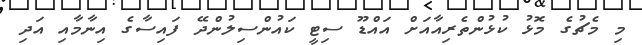
މި މެޗުގެ މޮޅު ކުޅުންތެރިއާއަށް އައްޑޫ ސިޓީ ކައުންސިލުންދޭ ފައިސާގެ އިނާމާއި އަދި